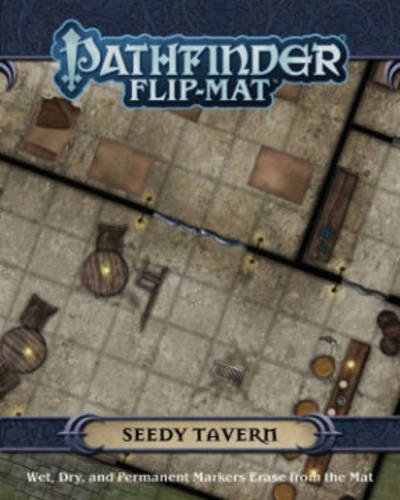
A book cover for Pathfinder Flip-Mat: Seedy Tavern; Science Fiction & Fantasy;